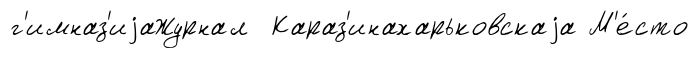
г'имназ'иjаЖурнал Караз'инахарьковскаjа М'е́сто